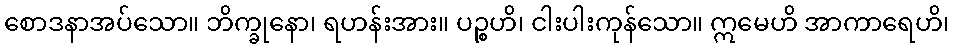
စောဒနာအပ်သော။ ဘိက္ခုနော၊ ရဟန်းအား။ ပဉ္စဟိ၊ ငါးပါးကုန်သော။ ဣမေဟိ အာကာရေဟိ၊